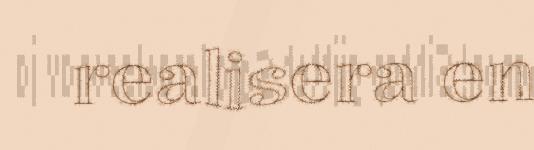
realisera en